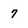
Character: 7